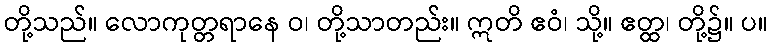
တို့သည်။ လောကုတ္တရာနေ ဝ၊ တို့သာတည်း။ ဣတိ ဧဝံ၊ သို့။ ဧတ္ထ၊ တို့၌။ ပ။